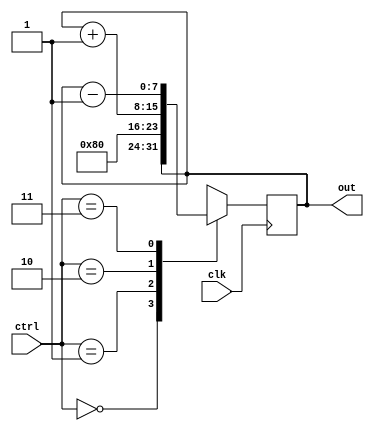
`timescale 1ns / 1ps
//////////////////////////////////////////////////////////////////////////////////
// Company: 
// Engineer: 
// 
// Design Name: 
// Module Name:    SPReg 
// Project Name: 
// Target Devices: 
// Tool versions: 
// Description: 
//
// Dependencies: 
//
// Revision: 
// Revision 0.01 - File Created
// Additional Comments: 
//
//////////////////////////////////////////////////////////////////////////////////
module SPReg #(
    parameter n = 8) (
    input clk,
    input [1:0] ctrl,
    output reg [n-1:0] out);
	
	initial begin
		out = 128;
	end

    always @(negedge clk) begin
        case(ctrl)
           2'b00: out <= out;     	// Store
           2'b01: out <= 128;       	// Clear
           2'b10: out <= out + 8'd1;  // Increment by 1
           2'b11: out <= out - 8'd1;  // Decrement by 1
        endcase
    end
endmodule